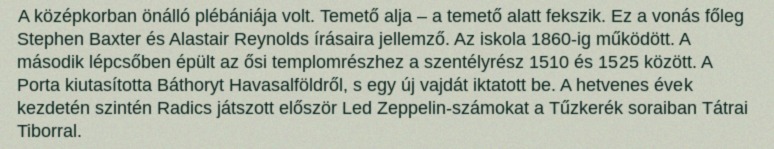
A középkorban önálló plébániája volt. Temető alja – a temető alatt fekszik. Ez a vonás főleg Stephen Baxter és Alastair Reynolds írásaira jellemző. Az iskola 1860-ig működött. A második lépcsőben épült az ősi templomrészhez a szentélyrész 1510 és 1525 között. A Porta kiutasította Báthoryt Havasalföldről, s egy új vajdát iktatott be. A hetvenes évek kezdetén szintén Radics játszott először Led Zeppelin-számokat a Tűzkerék soraiban Tátrai Tiborral.